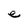
Character: e